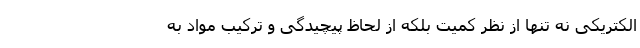
الکتریکی نه تنها از نظر کمیت بلکه از لحاظ پیچیدگی و ترکیب مواد به